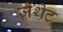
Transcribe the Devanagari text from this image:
ज़ैंथेट